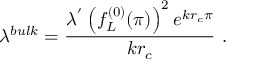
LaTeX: \lambda ^ { b u l k } = \frac { \lambda ^ { ' } \left( f _ { L } ^ { ( 0 ) } ( \pi ) \right) ^ { 2 } e ^ { k r _ { c } \pi } } { k r _ { c } } \, \, .